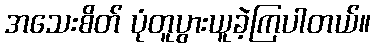
အသေးစိတ် ပုံတူပွားယူခဲ့ကြပါတယ်။